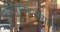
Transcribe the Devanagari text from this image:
माथेरानदरम्यान